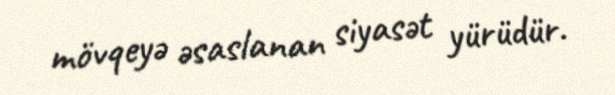
mövqeyə əsaslanan siyasət yürüdür.